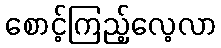
စောင့်ကြည့်လေ့လာ